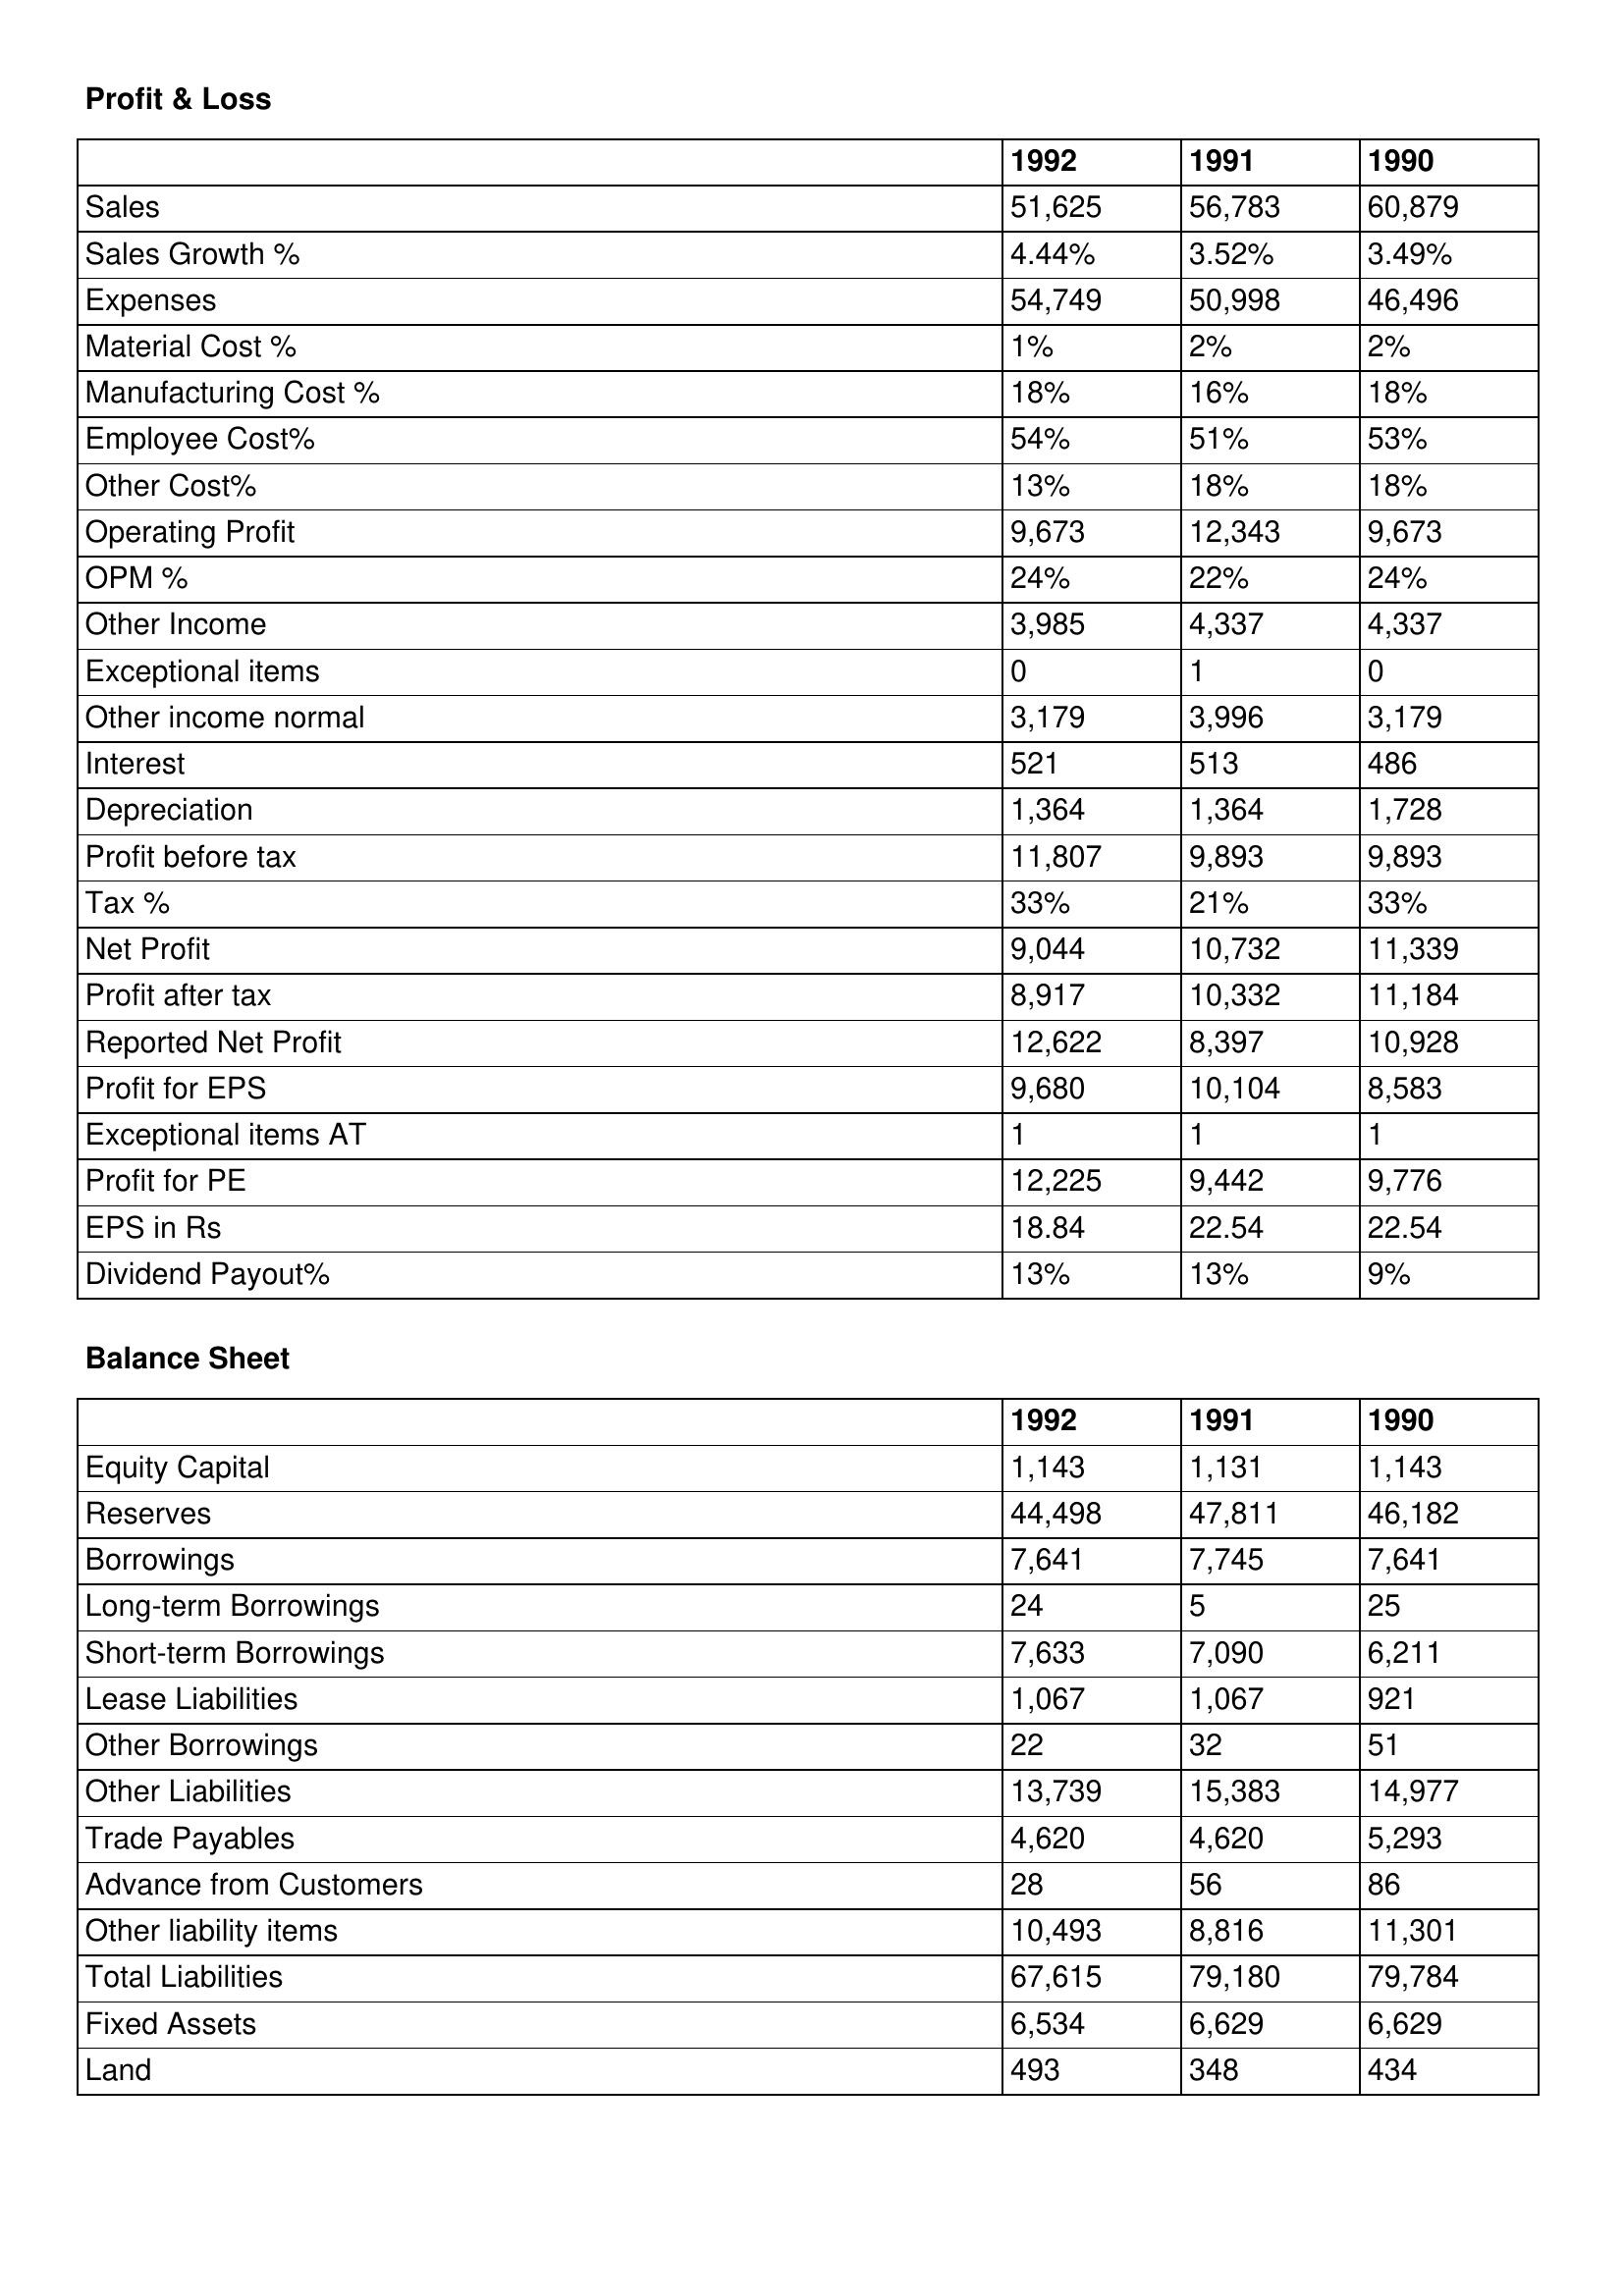
gt_parse: 1992: Profit & Loss: Sales: 51,625
Sales Growth %: 4.44%
Expenses: 54,749
Material Cost %: 1%
Manufacturing Cost %: 18%
Employee Cost%: 54%
Other Cost%: 13%
Operating Profit: 9,673
OPM %: 24%
Other Income: 3,985
Exceptional items: 0
Other income normal: 3,179
Interest: 521
Depreciation: 1,364
Profit before tax: 11,807
Tax %: 33%
Net Profit: 9,044
Profit after tax: 8,917
Reported Net Profit: 12,622
Profit for EPS: 9,680
Exceptional items AT: 1
Profit for PE: 12,225
EPS in Rs: 18.84
Dividend Payout%: 13%
Balance Sheet: Equity Capital: 1,143
Reserves: 44,498
Borrowings: 7,641
Long-term Borrowings: 24
Short-term Borrowings: 7,633
Lease Liabilities: 1,067
Other Borrowings: 22
Other Liabilities: 13,739
Trade Payables: 4,620
Advance from Customers: 28
Other liability items: 10,493
Total Liabilities: 67,615
Fixed Assets: 6,534
Land: 493
1991: Profit & Loss: Sales: 56,783
Sales Growth %: 3.52%
Expenses: 50,998
Material Cost %: 2%
Manufacturing Cost %: 16%
Employee Cost%: 51%
Other Cost%: 18%
Operating Profit: 12,343
OPM %: 22%
Other Income: 4,337
Exceptional items: 1
Other income normal: 3,996
Interest: 513
Depreciation: 1,364
Profit before tax: 9,893
Tax %: 21%
Net Profit: 10,732
Profit after tax: 10,332
Reported Net Profit: 8,397
Profit for EPS: 10,104
Exceptional items AT: 1
Profit for PE: 9,442
EPS in Rs: 22.54
Dividend Payout%: 13%
Balance Sheet: Equity Capital: 1,131
Reserves: 47,811
Borrowings: 7,745
Long-term Borrowings: 5
Short-term Borrowings: 7,090
Lease Liabilities: 1,067
Other Borrowings: 32
Other Liabilities: 15,383
Trade Payables: 4,620
Advance from Customers: 56
Other liability items: 8,816
Total Liabilities: 79,180
Fixed Assets: 6,629
Land: 348
1990: Profit & Loss: Sales: 60,879
Sales Growth %: 3.49%
Expenses: 46,496
Material Cost %: 2%
Manufacturing Cost %: 18%
Employee Cost%: 53%
Other Cost%: 18%
Operating Profit: 9,673
OPM %: 24%
Other Income: 4,337
Exceptional items: 0
Other income normal: 3,179
Interest: 486
Depreciation: 1,728
Profit before tax: 9,893
Tax %: 33%
Net Profit: 11,339
Profit after tax: 11,184
Reported Net Profit: 10,928
Profit for EPS: 8,583
Exceptional items AT: 1
Profit for PE: 9,776
EPS in Rs: 22.54
Dividend Payout%: 9%
Balance Sheet: Equity Capital: 1,143
Reserves: 46,182
Borrowings: 7,641
Long-term Borrowings: 25
Short-term Borrowings: 6,211
Lease Liabilities: 921
Other Borrowings: 51
Other Liabilities: 14,977
Trade Payables: 5,293
Advance from Customers: 86
Other liability items: 11,301
Total Liabilities: 79,784
Fixed Assets: 6,629
Land: 434